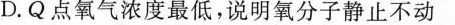
D.Q点氧气浓度最低，说明氧分子静止不动